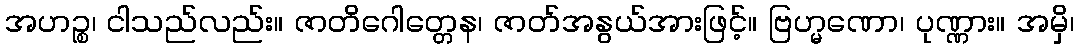
အဟဉ္စ၊ ငါသည်လည်း။ ဇာတိဂေါတ္တေန၊ ဇာတ်အနွယ်အားဖြင့်။ ဗြဟ္မဏော၊ ပုဏ္ဏား။ အမှိ၊